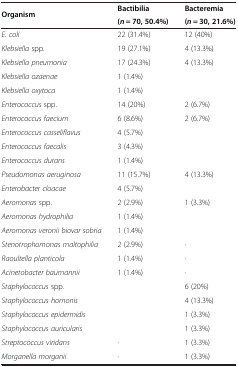
| <ROWSPAN=2> Organism | Bactibilia | Bacteremia |
 | (n = 70, 50.4%) | (n = 30, 21.6%) |
 | --- | --- | --- |
 | E. coli | 22 (31.4%) | 12 (40%) |
 | Klebsiella spp. | 19 (27.1%) | 4 (13.3%) |
 | Klebsiella pneumonia | 17 (24.3%) | 4 (13.3%) |
 | Klebsiella ozaenae | 1 (1.4%) |  |
 | Klebsiella oxytoca | 1 (1.4%) |  |
 | Enterococcus spp. | 14 (20%) | 2 (6.7%) |
 | Enterococcus faecium | 6 (8.6%) | 2 (6.7%) |
 | Enterococcus casseliflavus | 4 (5.7%) |  |
 | Enterococcus faecalis | 3 (4.3%) |  |
 | Enterococcus durans | 1 (1.4%) |  |
 | Pseudomonas aeruginosa | 11 (15.7%) | 4 (13.3%) |
 | Enterobacter cloacae | 4 (5.7%) |  |
 | Aeromonas spp. | 2 (2.9%) | 1 (3.3%) |
 | Aeromonas hydrophilia | 1 (1.4%) |  |
 | Aeromonas veronii biovar sobria | 1 (1.4%) |  |
 | Stenotrophomonas maltophilia | 2 (2.9%) | · |
 | Raoultella planticola | 1 (1.4%) | · |
 | Acinetobacter baumannii | 1 (1.4%) | · |
 | Staphylococcus spp. |  | 6 (20%) |
 | Staphylococcus homonis |  | 4 (13.3%) |
 | Staphylococcus epidermidis |  | 1 (3.3%) |
 | Staphylococcus auricularis |  | 1 (3.3%) |
 | Streptococcus viridans | · | 1 (3.3%) |
 | Morganella morganii | · | 1 (3.3%) |